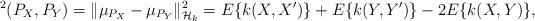
LaTeX: \begin{align*}^2(P_X,P_Y)=\|\mu_{P_{X}}-\mu_{P_{Y}}\|_{\mathcal{H}_k}^2=E\{k(X,X')\}+E\{k(Y,Y')\}-2E\{k(X,Y)\},\end{align*}